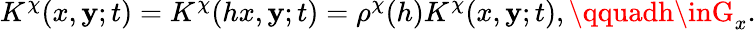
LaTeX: K^{\chi}(x,\mathbf{y};t)=K^{\chi}(hx,\mathbf{y};t)=\rho^{\chi}(h)K^{\chi}(x,\mathbf{y};t),\qquadh\inG_{x}.